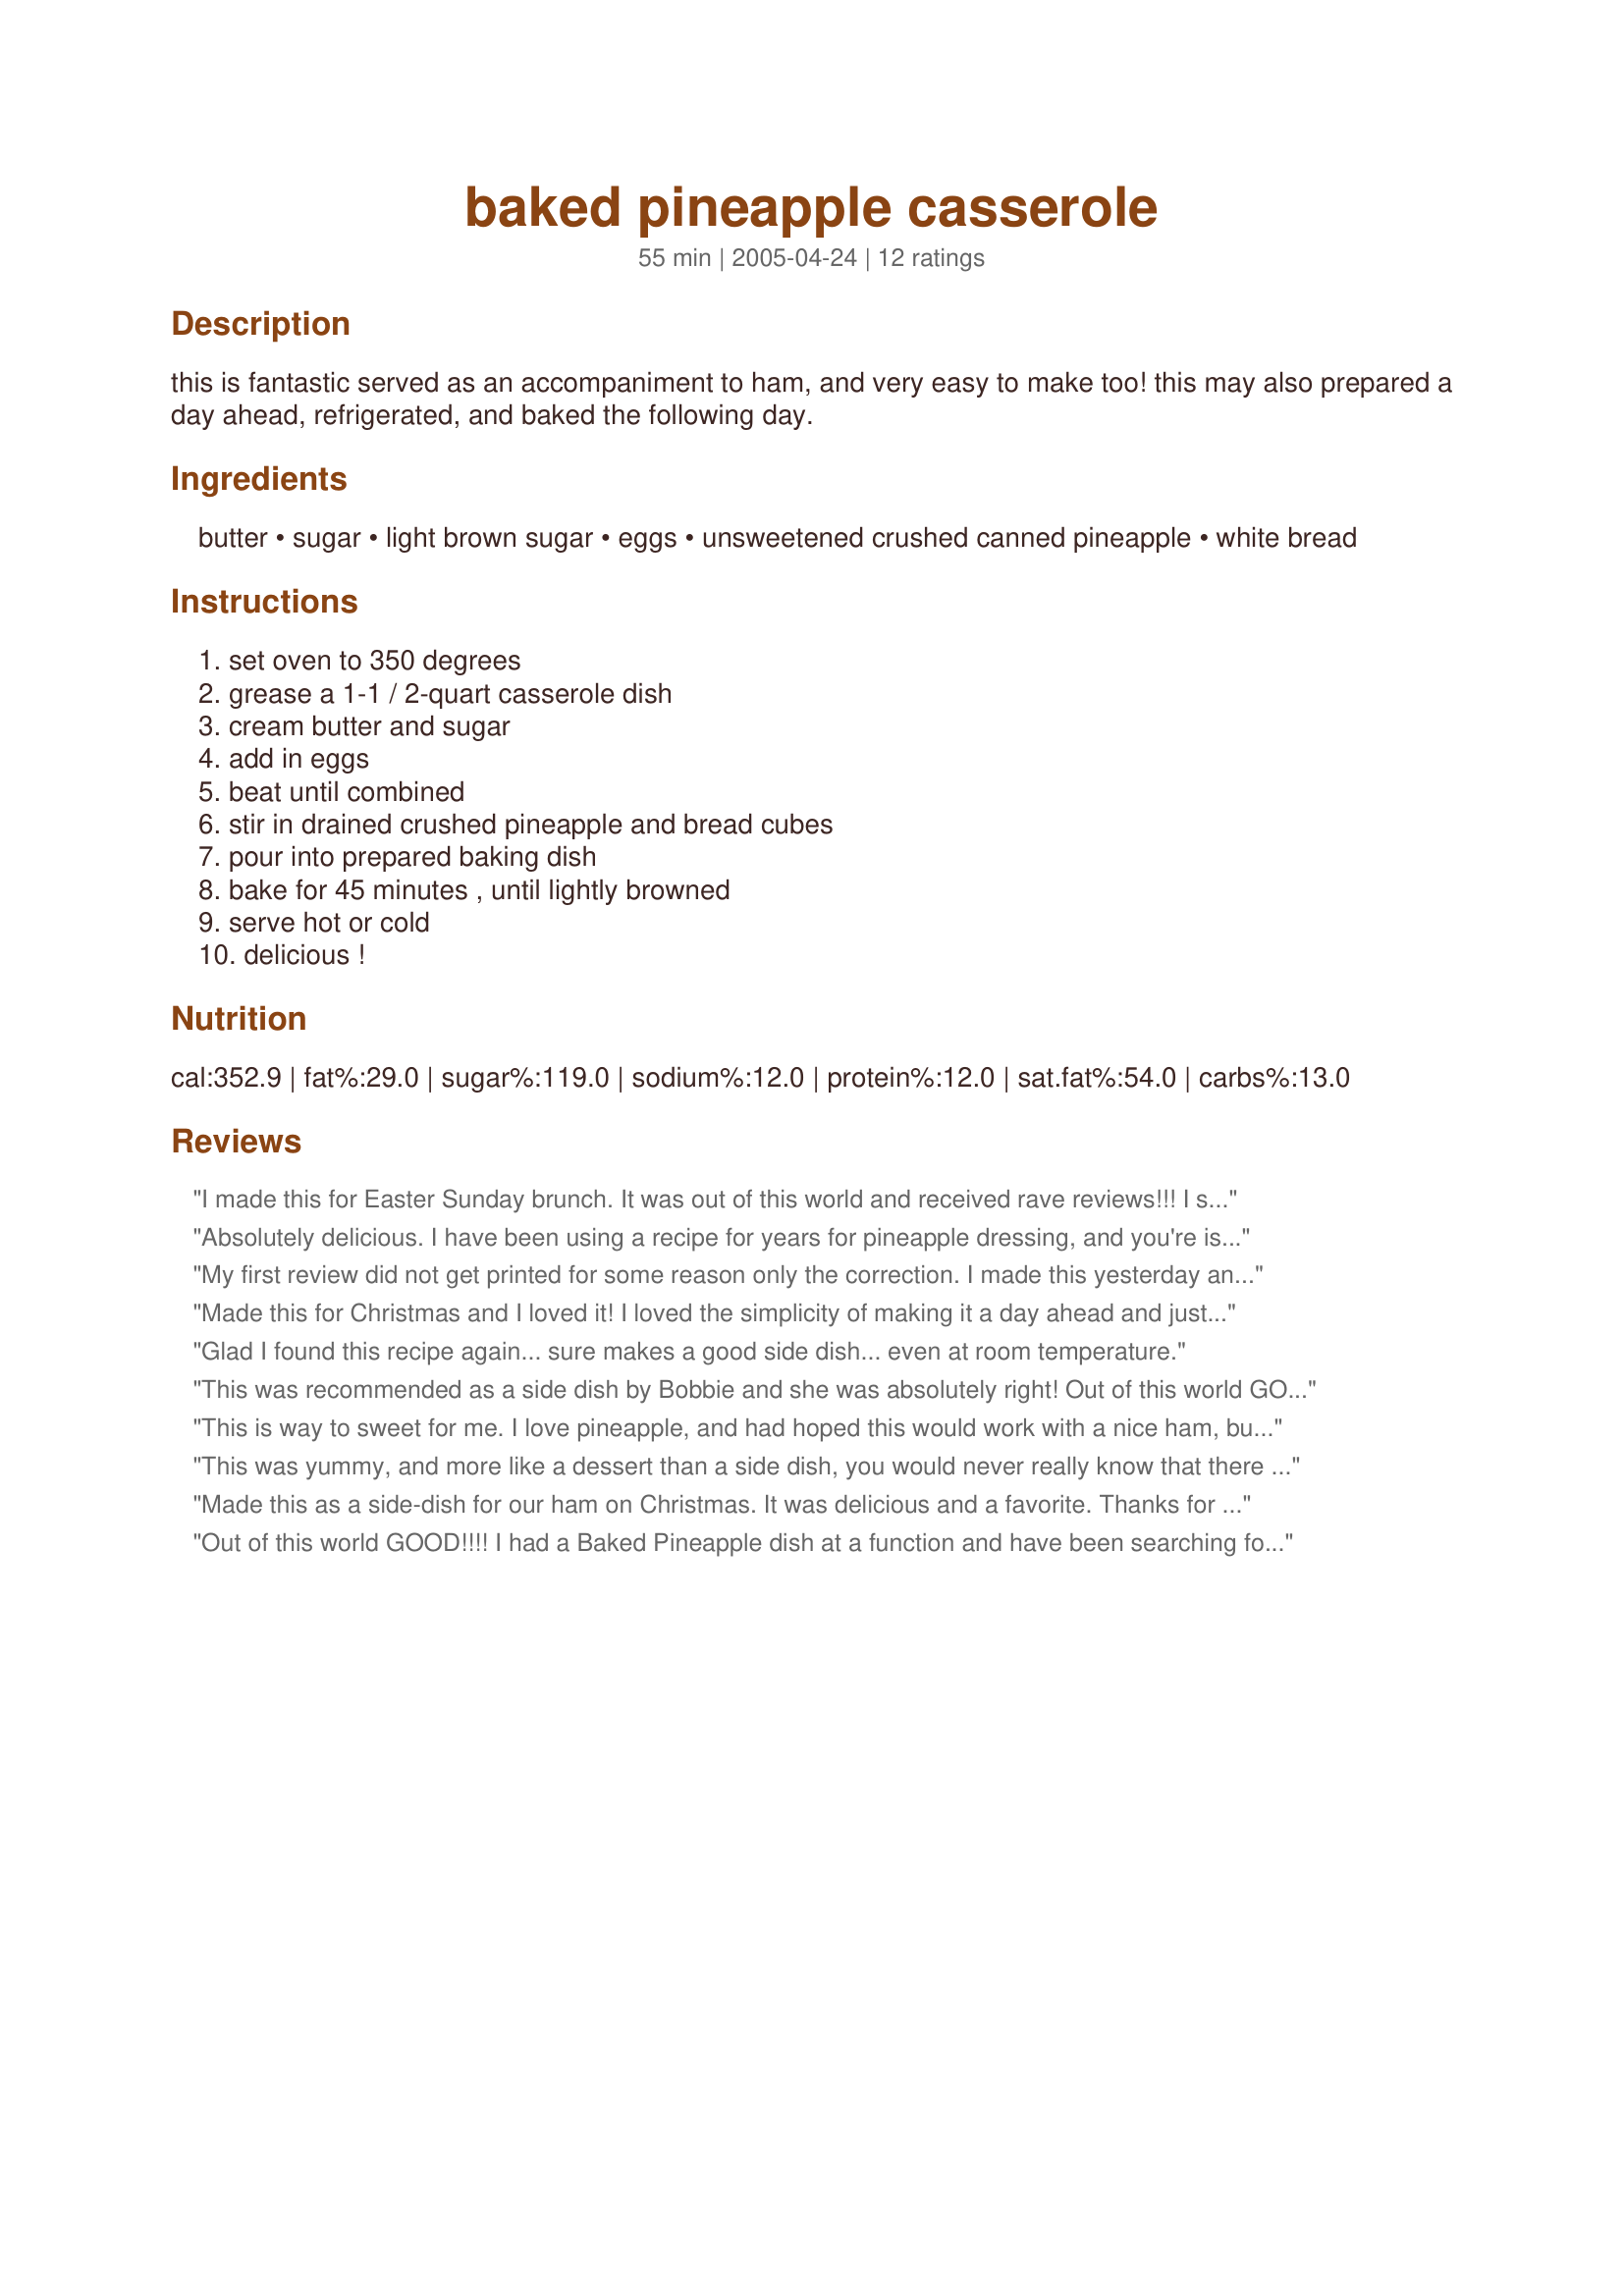
baked pineapple casserole
Preparation time: 55 minutes

this is fantastic served as an accompaniment to ham, and very easy to make too! this may also prepared a day ahead, refrigerated, and baked the following day.

Ingredients:
butter, sugar, light brown sugar, eggs, unsweetened crushed canned pineapple, white bread

Steps:
set oven to 350 degrees, grease a 1-1 / 2-quart casserole dish, cream butter and sugar, add in eggs, beat until combined, stir in drained crushed pineapple and bread cubes, pour into prepared baking dish, bake for 45 minutes , until lightly browned, serve hot or cold, delicious !

Reviews:
I made this for Easter Sunday brunch. It was out of this world and received rave reviews!!! I substituted Challah bread for the white bread and zipped it under the broiler for a few minutes at the end to get the top browned and crunchy. Thanks for the recipe Kittencal, I knew if it was your recipe, it would be a hit!!!!!
Absolutely delicious. I have been using a recipe for years for pineapple dressing, and you're is very similar....only better! Fixed this as a side dish for Easter dinner. Easy to make and yummy. Thanks for posting this....I'm replacing my old recipe with this.
My first review did not get printed for some reason only the correction. I made this yesterday and my grandson 4yrs said this was his yummy desert. I am going to make it again as a first course with ham or chicken. It was so good and you cant tell it has bread in it.Thanks for shareing.
Made this for Christmas and I loved it! I loved the simplicity of making it a day ahead and just popping it in the oven. I served it with Boopster's Awesome Baked Ham and it was the perfect compliment. Pineapple just goes with Ham! This recipe is a keeper in my home. Thanks Kitten, Tweeky
Glad I found this recipe again... sure makes a good side dish... even at room temperature.
This was recommended as a side dish by Bobbie and she was absolutely right! Out of this world GOOD! Everyone loved it and the only problem, there wasnt enough! Thanks Kittencal for another great recipe! Will make again for sure! Especially when having ham!
This is way to sweet for me. I love pineapple, and had hoped this would work with a nice ham, but just way too sugary.
This was yummy, and more like a dessert than a side dish, you would never really know that there is bread in it! We ate it cold and we really loved this. thnaks
Made this as a side-dish for our ham on Christmas. It was delicious and a favorite. Thanks for posting this recipe!
Out of this world GOOD!!!! I had a Baked Pineapple dish at a function and have been searching for a recipe that was as good. After trying several others -- THIS IS THE ONE!!!! Perfect with ham. However, now that I have the recipe, I'll be making it with a lot more than just ham. Everyone enjoyed this. So quick and easy ---- and cheap!!!!
I have been making this for years...everyone always loves it and are amazed that it has cubed bread in it.!!! Thid is good warm and cold..great to take to a covered dish and usually I am the only one who takes this!!!
Easy, cheap, and went over really well at a recent pot-luck. Nothing was left. Doubled the batch, in a 9x13 pan and didn't change a thing. 

DH said it was too sweet as a side dish, and I should have put in on the desert table. Lots of compliments. Thanks for posting!
